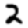
Digit: 2